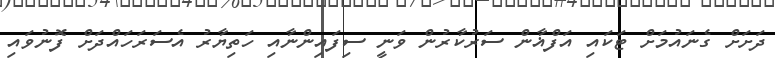
ދަށަށް ގެނައުމަށް ޓަކައި އަފްޣާން ސަރުކާރުން ވަނީ ސިފައިންނާއި ހަތިޔާރު އެސަރަހައްދަށް ފޮނުވައި